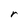
Character: r